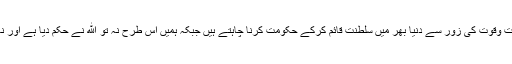
اپنى اپنى سوچ پر مبنى خواہشات وحرص ولالچ کى خاطر طاقت وقوت کى زور سے دنیا بهر میں سلطنت قائم کرکے حکومت کرنا چاہتے ہیں جبکہ ہمیں اس طرح نہ تو الله نے حکم دیا ہے اور نہ نبى محمد صلى اللہ علیہ وسلم نے ایسا کرنے کیلئے کہا ہے۔